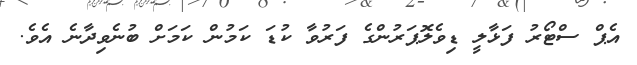
އެޕް ސްޓޯރު ފަޅާލީ ޑިވެލޮޕަރުންގެ ފަރުވާ ކުޑަ ކަމުން ކަމަށް ބުނެވިދާނެ އެވެ.